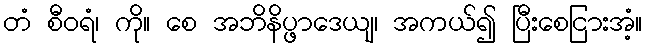
တံ စီဝရံ၊ ကို။ စေ အဘိနိပ္ဖာဒေယျ၊ အကယ်၍ ပြီးစေငြားအံ့။